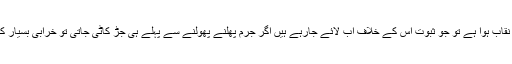
یہ میڈیا گروپ بے نقاب ہوا ہے تو جو ثبوت اس کے خلاف اب لائے جارہے ہیں اگر جرم پھلنے پھولنے سے پہلے ہی جڑ کاٹی جاتی تو خرابی بسیار کی نوبت ہی نہ آ تی۔